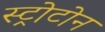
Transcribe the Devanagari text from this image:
स्ट्रोटोन